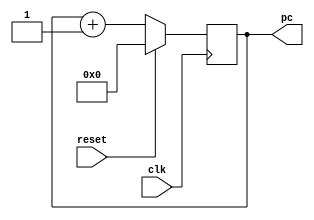
`timescale 1ns / 1ps

// Description: Program Counter module.
// Version: Vivado 2017.1
//
// Copyright (c) 2018 Stephen Davies
//
// Permission is hereby granted, free of charge, to any person obtaining a copy
// of this software and associated documentation files (the "Software"), to deal
// in the Software without restriction, including without limitation the rights
// to use, copy, modify, merge, publish, distribute, sublicense, and/or sell
// copies of the Software, and to permit persons to whom the Software is
// furnished to do so, subject to the following conditions:
//
// The above copyright notice and this permission notice shall be included in all
// copies or substantial portions of the Software.
//
// THE SOFTWARE IS PROVIDED "AS IS", WITHOUT WARRANTY OF ANY KIND, EXPRESS OR
// IMPLIED, INCLUDING BUT NOT LIMITED TO THE WARRANTIES OF MERCHANTABILITY,
// FITNESS FOR A PARTICULAR PURPOSE AND NONINFRINGEMENT. IN NO EVENT SHALL THE
// AUTHORS OR COPYRIGHT HOLDERS BE LIABLE FOR ANY CLAIM, DAMAGES OR OTHER
// LIABILITY, WHETHER IN AN ACTION OF CONTRACT, TORT OR OTHERWISE, ARISING FROM,
// OUT OF OR IN CONNECTION WITH THE SOFTWARE OR THE USE OR OTHER DEALINGS IN THE
// SOFTWARE.

module pc (
    input                  clk,
    input                  reset,
    output reg [3:0]       pc
    );

    always @(posedge clk)
        if (reset)
            pc <= 0;
        else
            pc <= pc + 1;
 
endmodule